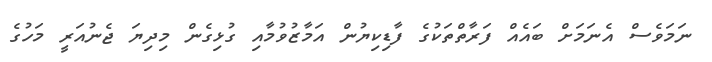
ނަމަވެސް އެނަމަށް ބައެއް ފަރާތްތަކުގެ ފާޑިކިޔުން އަމާޒުވުމާއި ގުޅިގެން މިދިޔަ ޖެނުއަރީ މަހުގެ